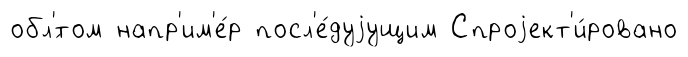
обл'́том напр'им'е́р посл'е́дуjущим Спроjект'и́ровано